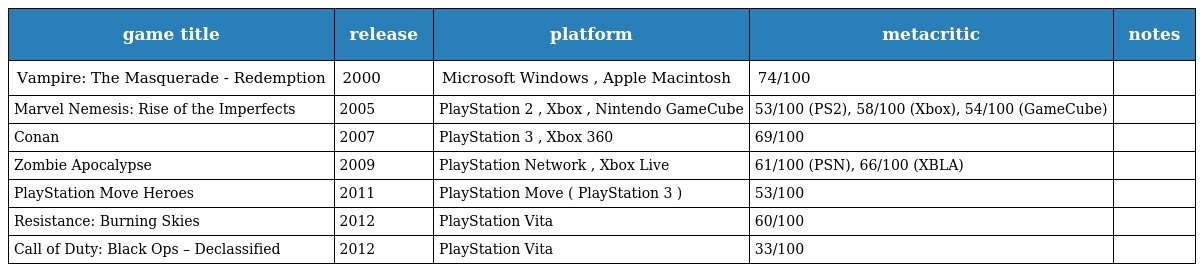
| game title | release | platform | metacritic | notes |
 | --- | --- | --- | --- | --- |
 | Vampire: The Masquerade - Redemption | 2000 | Microsoft Windows , Apple Macintosh | 74/100 |  |
 | Marvel Nemesis: Rise of the Imperfects | 2005 | PlayStation 2 , Xbox , Nintendo GameCube | 53/100 (PS2), 58/100 (Xbox), 54/100 (GameCube) |  |
 | Conan | 2007 | PlayStation 3 , Xbox 360 | 69/100 |  |
 | Zombie Apocalypse | 2009 | PlayStation Network , Xbox Live | 61/100 (PSN), 66/100 (XBLA) |  |
 | PlayStation Move Heroes | 2011 | PlayStation Move ( PlayStation 3 ) | 53/100 |  |
 | Resistance: Burning Skies | 2012 | PlayStation Vita | 60/100 |  |
 | Call of Duty: Black Ops – Declassified | 2012 | PlayStation Vita | 33/100 |  |